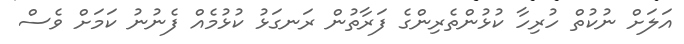
އަލަށް ނުކުތް ހުރިހާ ކުޅުންތެރިންގެ ފަރާތުން ރަނގަޅު ކުޅުމެއް ފެނުނު ކަމަށް ވެސް